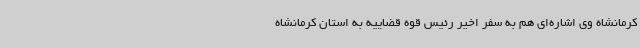
کرمانشاه وی اشاره‌ای هم به سفر اخیر رئیس قوه قضاییه به استان کرمانشاه